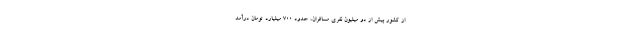
از کشور بیش از دو میلیون نفری مسافران، حدود ۷۰۰ میلیارد تومان درآمد